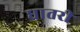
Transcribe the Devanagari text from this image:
धातरी